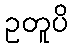
ဥတူပိ